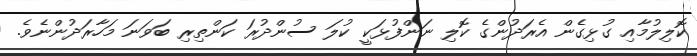
ކޮލިލުމާއި ގުޅިގެން އެރަދުންގެ ކޮލި ނަންފުޅަކީ ކުލަ ސުންދުރަ ކަންތިރި ބަވަނަ މަހާރަދުންނެވެ.